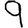
Digit: 9